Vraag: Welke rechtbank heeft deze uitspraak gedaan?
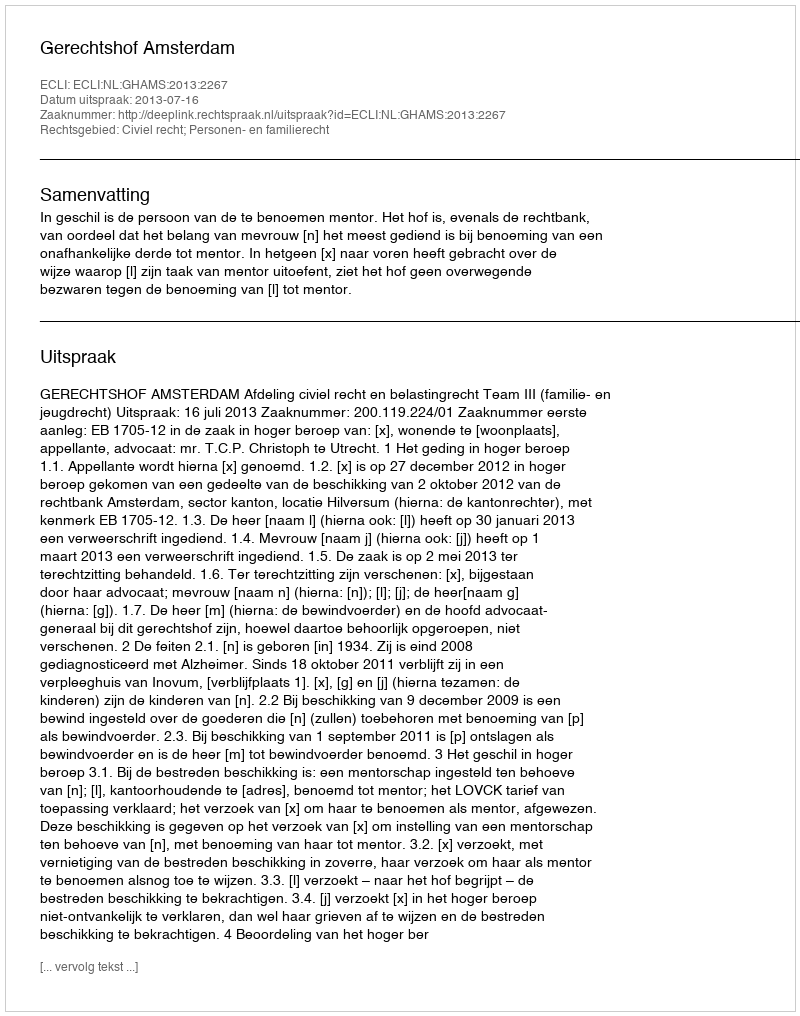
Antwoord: Gerechtshof Amsterdam